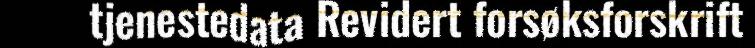
tjenestedata Revidert forsøksforskrift